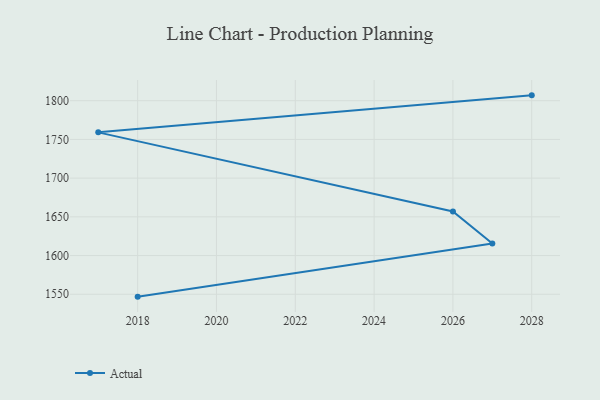
{"axis": {"x": "Year", "y": "Headcount"}, "legend": ["Actual"], "data": [{"x": "2018", "y": 1546.9, "type": "Actual"}, {"x": "2027", "y": 1615.6, "type": "Actual"}, {"x": "2026", "y": 1657.0, "type": "Actual"}, {"x": "2017", "y": 1759.1, "type": "Actual"}, {"x": "2028", "y": 1806.9, "type": "Actual"}]}